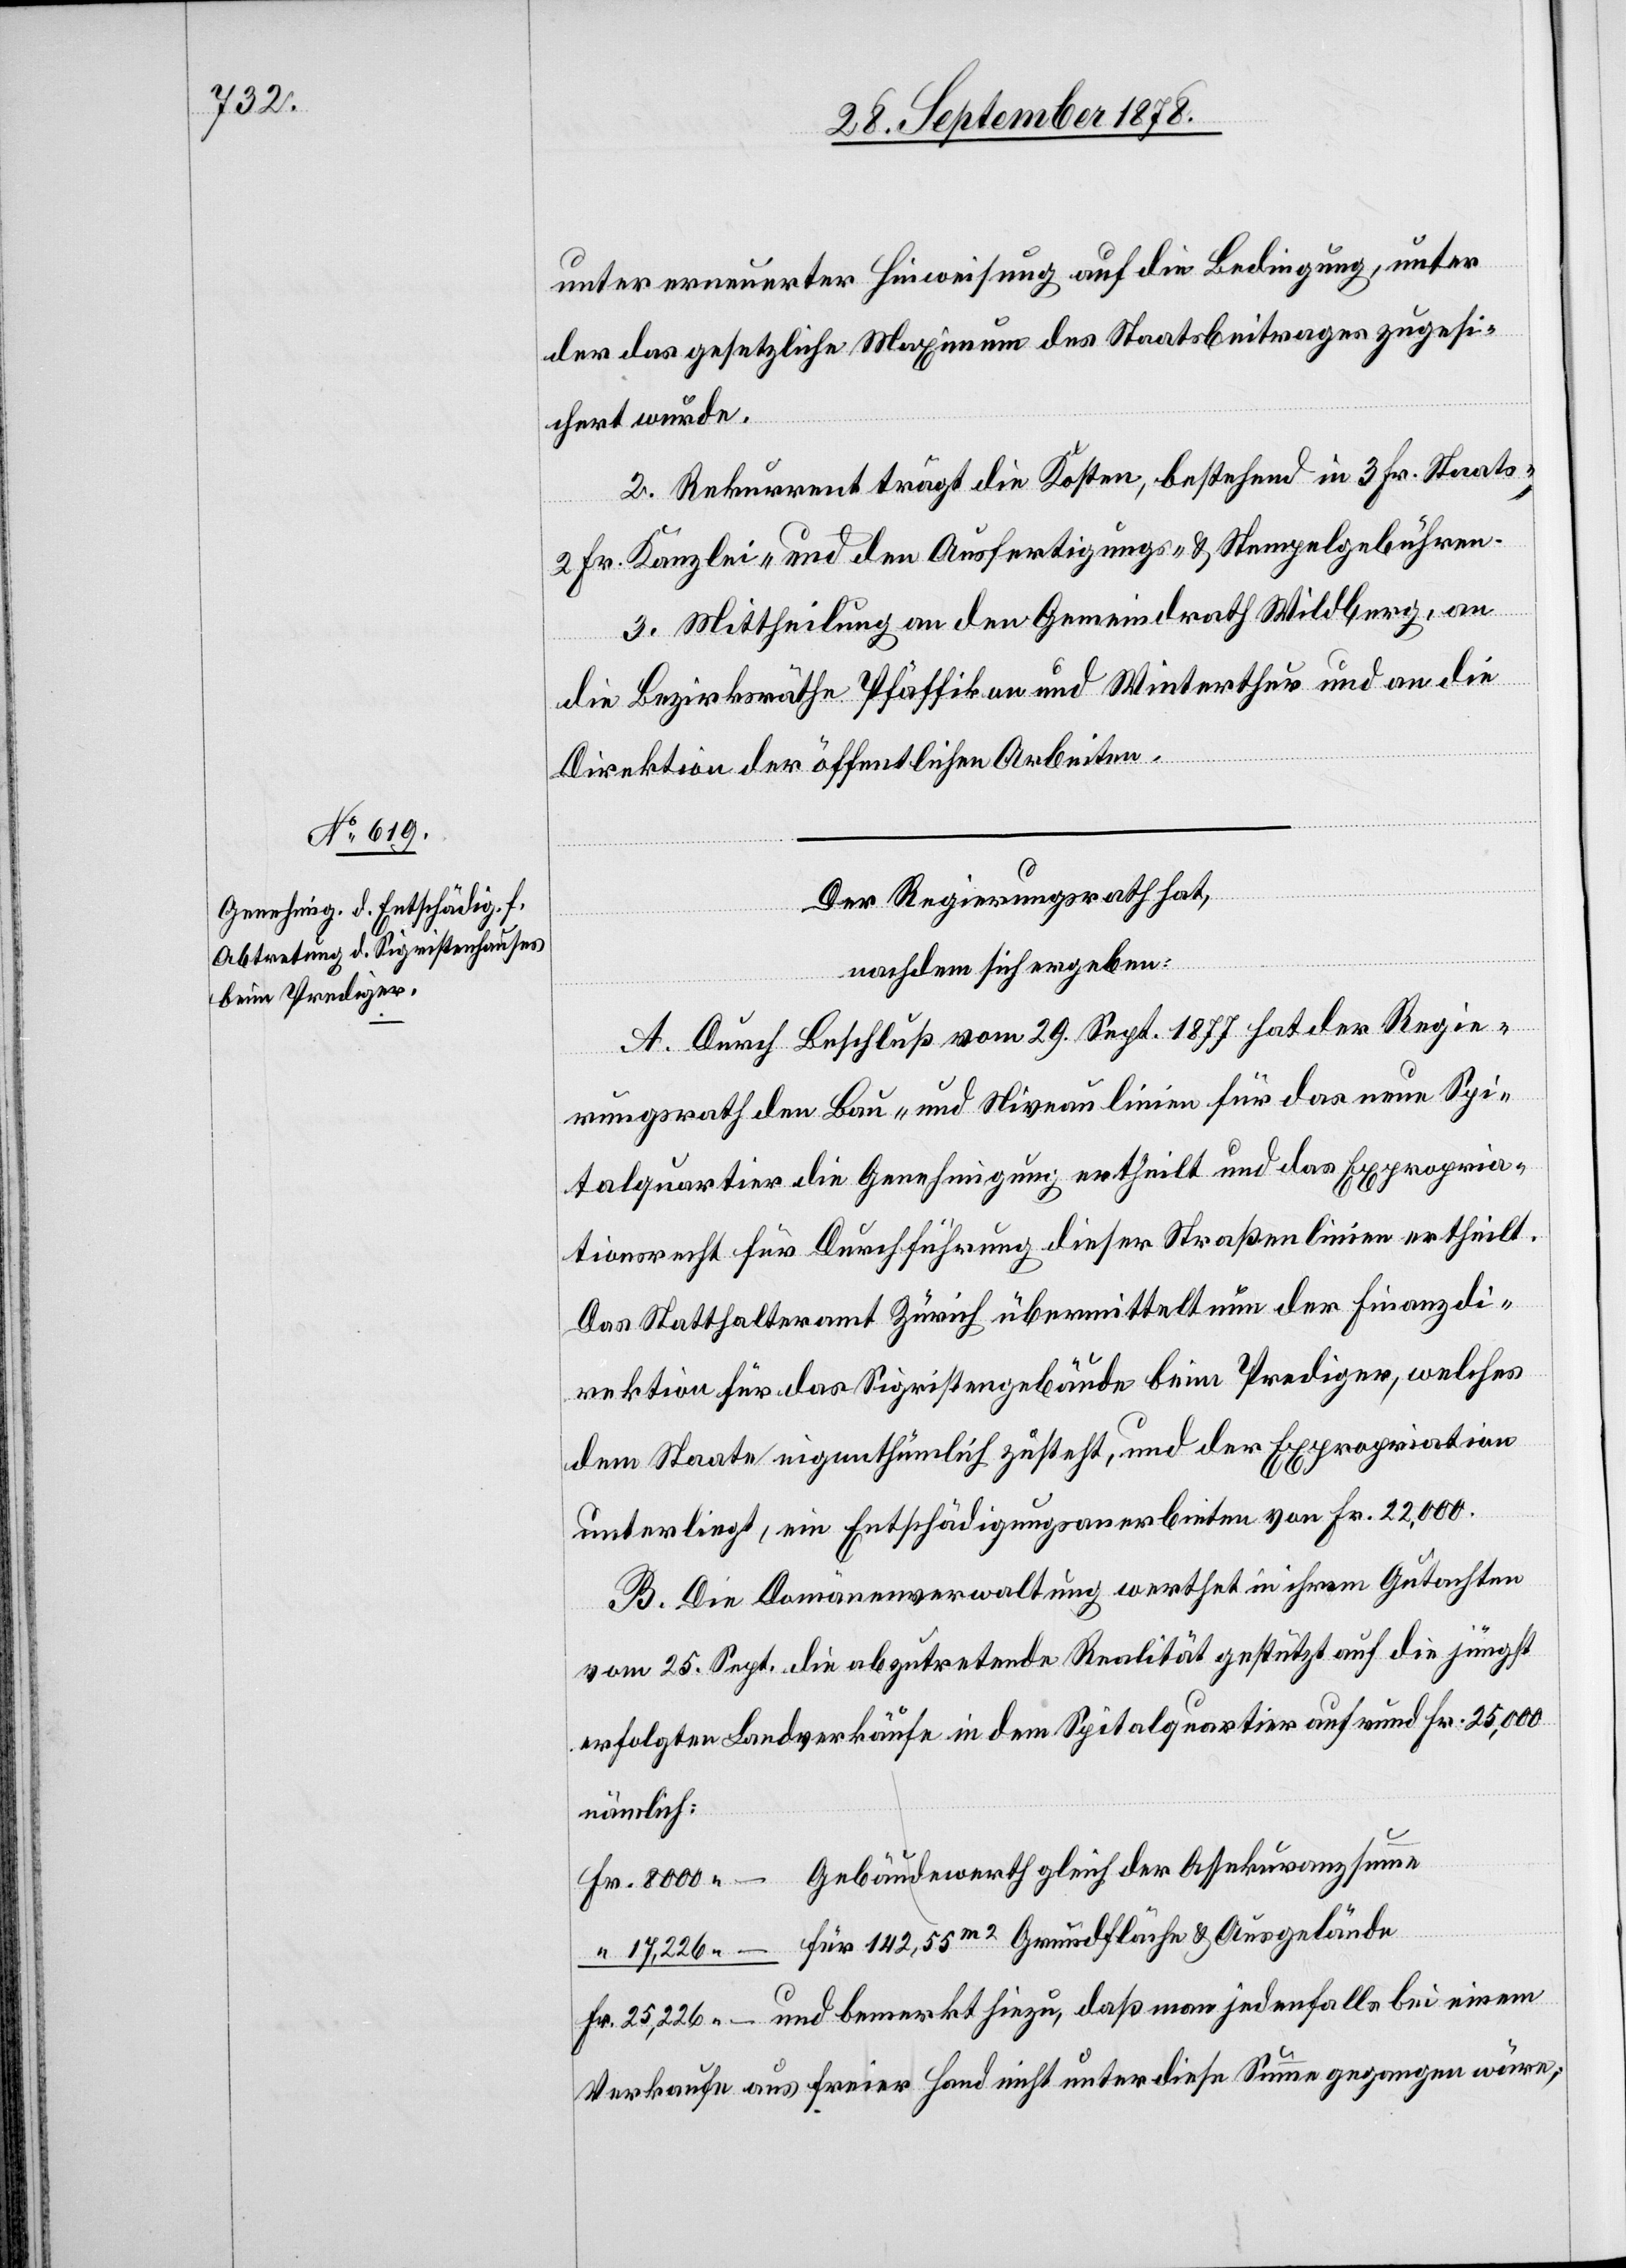
unter erneuerter Hinweisung auf die Bedingung, unter
der das gesetzliche Maximum des Staatsbeitrages zugesi¬
chert wurde.
2. Rekurrent trägt die Kosten, bestehend in 3 Fr. Staats-,
2 Fr. Kanzlei- und den Ausfertigungs- und Stempelgebühren.
3. Mittheilung an den Gemeindrath Wildberg, an
die Bezirksräthe Pfäffikon und Winterthur und an die
Direktion der öffentlichen Arbeiten.
Der Regierungsrath hat,
nachdem sich ergeben:
A. Durch Beschluß vom 29. Sept. 1877 hat der Regie¬
rungsrath den Bau- und Niveaulinien für das neue Spi¬
talquartier die Genehmigung ertheilt und das Expropria¬
tionsrecht für Durchführung dieser Straßenlinien ertheilt.
Das Statthalteramt Zürich übermittelt nun der Finanzdi¬
rektion für das Sigristengebäude beim Prediger, welches
dem Staate eigenthümlich zusteht, und der Expropriation
unterliegt, ein Entschädigungsanerbieten von Fr. 22,000.
B. Die Domänenverwaltung werthet in ihrem Gutachten
vom 25. Sept. die abzutretende Realität gestützt auf die jüngst
erfolgten Landverkäufe in dem Spitalquartier auf rund Fr. 25,000
nämlich:
Gebäudewerth gleich der Assekuranzsumme
Fr. 8000.–
für 142,55m2 Grundfläche & Ausgelände
“ 17226.–
Fr. 25,226.– und bemerkt hiezu, daß man jedenfalls bei einem
Verkaufe aus freier Hand nicht unter diese Summe gegangen wäre;